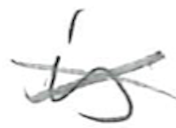
Text: is
Cross-out: cross
Writing tool: pencil